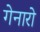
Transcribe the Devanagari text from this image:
गेनारो